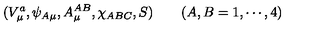
( V _ { \mu } ^ { a } , \psi _ { A \mu } , A _ { \mu } ^ { A B } , \chi _ { A B C } , S ) \quad \quad ( A , B = 1 , \cdots , 4 )